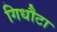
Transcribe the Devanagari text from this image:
गिधौटा